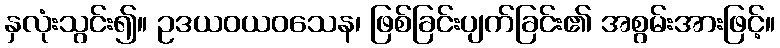
နှလုံးသွင်း၍။ ဥဒယဝယဝသေန၊ ဖြစ်ခြင်းပျက်ခြင်း၏ အစွမ်းအားဖြင့်။